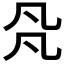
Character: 𠘻